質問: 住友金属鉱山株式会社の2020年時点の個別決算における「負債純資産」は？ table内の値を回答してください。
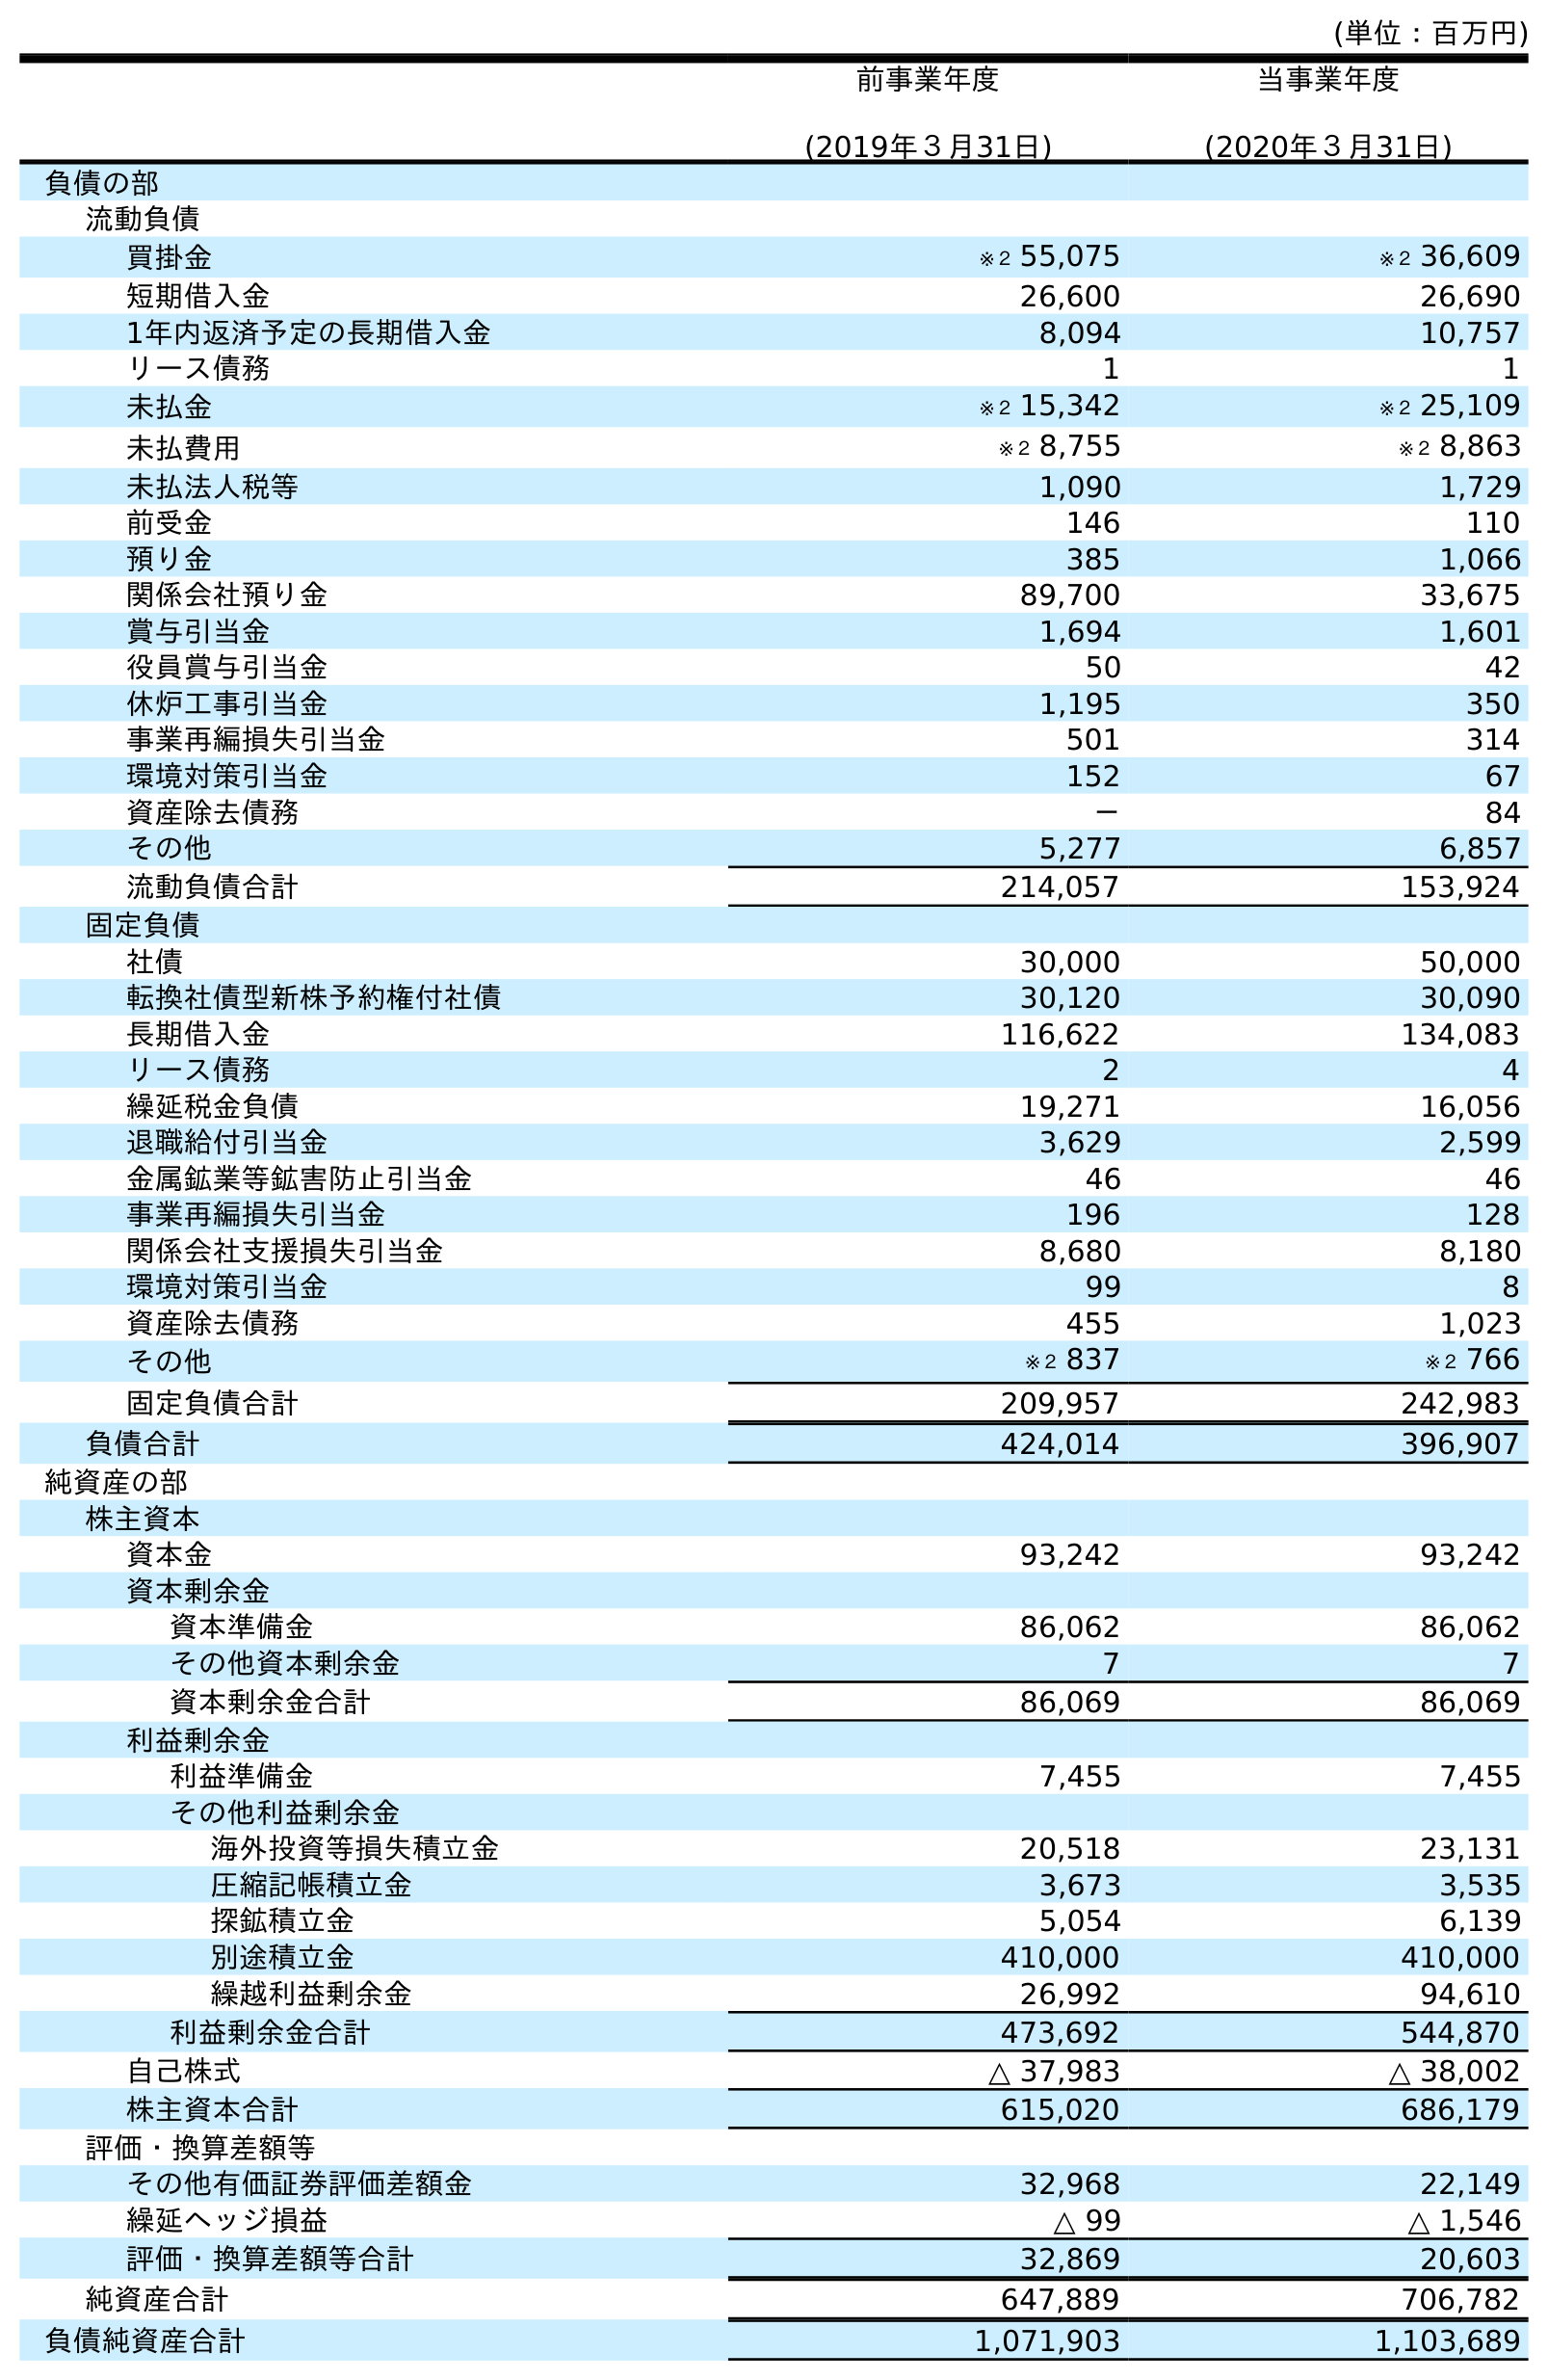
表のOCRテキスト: (単位：百万円) 前事業年度 (2019年３月31日) 当事業年度 (2020年３月31日) 負債の部 流動負債 買掛金 ※２ 55,075 ※２ 36,609 短期借入金 26,600 26,690 1年内返済予定の長期借入金 8,094 10,757 リース債務 1 1 未払金 ※２ 15,342 ※２ 25,109 未払費用 ※２ 8,755 ※２ 8,863 未払法人税等 1,090 1,729 前受金 146 110 預り金 385 1,066 関係会社預り金 89,700 33,675 賞与引当金 1,694 1,601 役員賞与引当金 50 42 休炉工事引当金 1,195 350 事業再編損失引当金 501 314 環境対策引当金 152 67 資産除去債務 － 84 その他 5,277 6,857 流動負債合計 214,057 153,924 固定負債 社債 30,000 50,000 転換社債型新株予約権付社債 30,120 30,090 長期借入金 116,622 134,083 リース債務 2 4 繰延税金負債 19,271 16,056 退職給付引当金 3,629 2,599 金属鉱業等鉱害防止引当金 46 46 事業再編損失引当金 196 128 関係会社支援損失引当金 8,680 8,180 環境対策引当金 99 8 資産除去債務 455 1,023 その他 ※２ 837 ※２ 766 固定負債合計 209,957 242,983 負債合計 424,014 396,907 純資産の部 株主資本 資本金 93,242 93,242 資本剰余金 資本準備金 86,062 86,062 その他資本剰余金 7 7 資本剰余金合計 86,069 86,069 利益剰余金 利益準備金 7,455 7,455 その他利益剰余金 海外投資等損失積立金 20,518 23,131 圧縮記帳積立金 3,673 3,535 探鉱積立金 5,054 6,139 別途積立金 410,000 410,000 繰越利益剰余金 26,992 94,610 利益剰余金合計 473,692 544,870 自己株式 △ 37,983 △ 38,002 株主資本合計 615,020 686,179 評価・換算差額等 その他有価証券評価差額金 32,968 22,149 繰延ヘッジ損益 △ 99 △ 1,546 評価・換算差額等合計 32,869 20,603 純資産合計 647,889 706,782 負債純資産合計 1,071,903 1,103,689
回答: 1,103,689